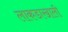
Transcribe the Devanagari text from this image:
लाकडाखाली